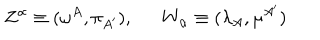
Z ^ { \alpha } \equiv ( \omega ^ { A } , \pi _ { A ^ { \prime } } ) , \ \ W _ { \alpha } \equiv ( \lambda _ { A } , \mu ^ { A ^ { \prime } } )